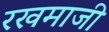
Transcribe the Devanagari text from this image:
रखमाजी